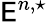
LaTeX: \mathsf{E}^{n,\star}